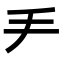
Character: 龵